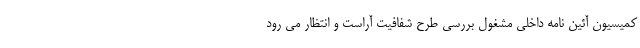
کمیسیون آئین نامه داخلی مشغول بررسی طرح شفافیت آراست و انتظار می رود